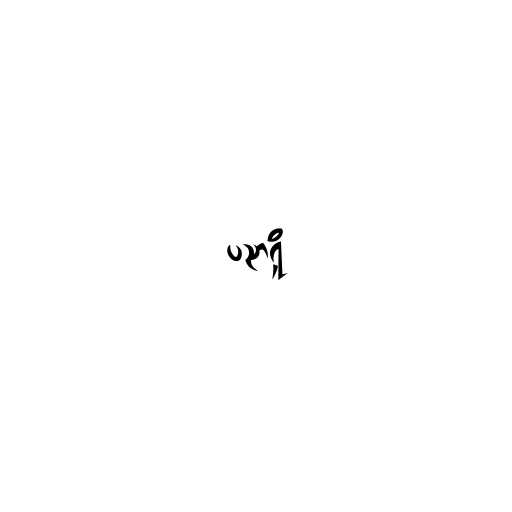
ပညာရှိ